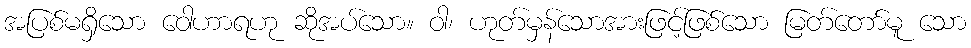
အပြစ်မရှိသော ဝေါဟာရဟု ဆိုအပ်သော။ ဝါ၊ ဟုတ်မှန်သောအားဖြင့်ဖြစ်သော မြတ်တော်မူ သော